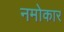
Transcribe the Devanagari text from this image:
नमोकार